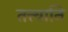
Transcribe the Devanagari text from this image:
तत्त्वानि